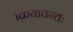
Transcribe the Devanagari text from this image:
क्रियावन्तः